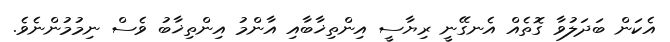
އެކަން ބަދަލުވާ ގޮތެއް އެނގޭނީ ރިޔާސީ އިންތިޚާބާއި އާންމު އިންތިޚާބު ވެސް ނިމުމުންނެވެ.